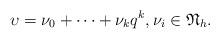
LaTeX: \begin{align*}\upsilon= \nu_0+ \cdots+ \nu_k q^k,\nu_i \in \mathfrak{N}_h .\end{align*}